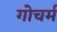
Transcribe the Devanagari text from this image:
गोचर्म